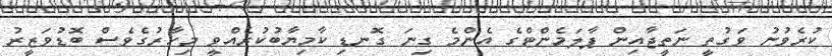
ކުރެވުނު ވަގުތީ ނަތީޖާއިން ޕާލަމެންޓްގެ އެންމެ ގިނަ ގޮނޑި ކާމިޔާބުކުރެއްވީ މިހާރުގެވެސް ބޮޑުވަޒީރު